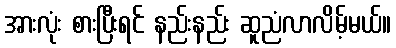
အားလုံး စားပြီးရင် နည်းနည်း ဆူညံလာလိမ့်မယ်။